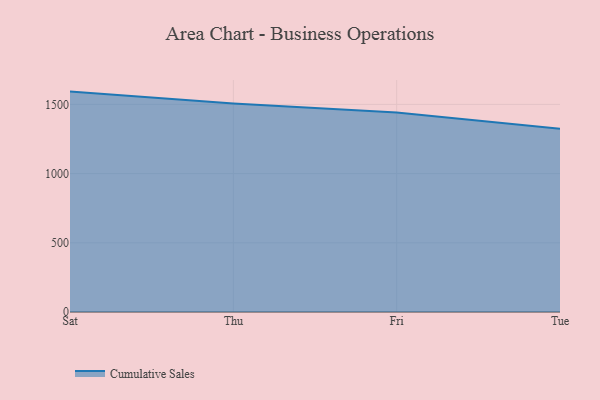
{"axis": {"x": "Day", "y": "Budget (USD K)"}, "legend": ["Cumulative Sales"], "data": [{"x": "Sat", "y": 1592.5, "type": "Cumulative Sales"}, {"x": "Thu", "y": 1507.3, "type": "Cumulative Sales"}, {"x": "Fri", "y": 1440.8, "type": "Cumulative Sales"}, {"x": "Tue", "y": 1323.9, "type": "Cumulative Sales"}]}